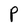
Character: P